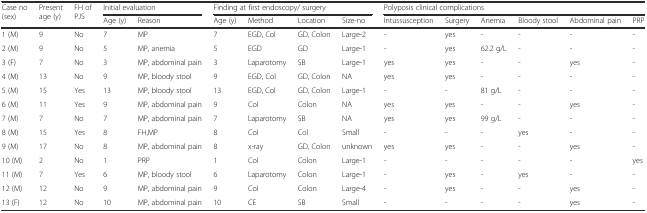
<table><thead><tr><td rowspan="2"><b>Case no (sex)</b></td><td rowspan="2"><b>Present age (y)</b></td><td rowspan="2"><b>FH of PJS</b></td><td colspan="2"><b>Initial evaluation</b></td><td colspan="4"><b>Finding at first endoscopy/ surgery</b></td><td colspan="6"><b>Polyposis clinical complications</b></td></tr><tr><td><b>Age (y)</b></td><td><b>Reason</b></td><td><b>Age (y)</b></td><td><b>Method</b></td><td><b>Location</b></td><td><b>Size-no</b></td><td><b>Intussusception</b></td><td><b>Surgery</b></td><td><b>Anemia</b></td><td><b>Bloody stool</b></td><td><b>Abdominal pain</b></td><td><b>PRP</b></td></tr></thead><tbody><tr><td>1 (M)</td><td>9</td><td>No</td><td>7</td><td>MP</td><td>7</td><td>EGD, Col</td><td>GD, Colon</td><td>Large-2</td><td>-</td><td>yes</td><td>-</td><td>-</td><td>-</td><td>-</td></tr><tr><td>2 (M)</td><td>9</td><td>No</td><td>5</td><td>MP, anemia</td><td>5</td><td>EGD</td><td>GD</td><td>Large-1</td><td>-</td><td>yes</td><td>62.2 g/L</td><td>-</td><td>-</td><td>-</td></tr><tr><td>3 (F)</td><td>7</td><td>No</td><td>3</td><td>MP, abdominal pain</td><td>3</td><td>Laparotomy</td><td>SB</td><td>Large-1</td><td>yes</td><td>yes</td><td>-</td><td>-</td><td>yes</td><td>-</td></tr><tr><td>4 (M)</td><td>13</td><td>No</td><td>9</td><td>MP, bloody stool</td><td>9</td><td>EGD, Col</td><td>GD, Colon</td><td>NA</td><td>yes</td><td>yes</td><td>-</td><td>-</td><td>-</td><td>-</td></tr><tr><td>5 (M)</td><td>15</td><td>Yes</td><td>13</td><td>MP, bloody stool</td><td>13</td><td>EGD, Col</td><td>GD, Colon</td><td>Large-1</td><td>-</td><td>-</td><td>81 g/L</td><td>-</td><td>-</td><td>-</td></tr><tr><td>6 (M)</td><td>11</td><td>Yes</td><td>9</td><td>MP, abdominal pain</td><td>9</td><td>Col</td><td>Colon</td><td>NA</td><td>yes</td><td>yes</td><td>-</td><td>-</td><td>yes</td><td>-</td></tr><tr><td>7 (M)</td><td>7</td><td>No</td><td>7</td><td>MP, abdominal pain</td><td>7</td><td>Laparotomy</td><td>SB</td><td>NA</td><td>yes</td><td>yes</td><td>99 g/L</td><td>-</td><td>-</td><td>-</td></tr><tr><td>8 (M)</td><td>15</td><td>Yes</td><td>8</td><td>FH,MP</td><td>8</td><td>Col</td><td>Col</td><td>Small</td><td>-</td><td>-</td><td>-</td><td>yes</td><td>-</td><td>-</td></tr><tr><td>9 (M)</td><td>17</td><td>No</td><td>8</td><td>MP, abdominal pain</td><td>8</td><td>x-ray</td><td>GD, Colon</td><td>unknown</td><td>yes</td><td>yes</td><td>-</td><td>-</td><td>yes</td><td>-</td></tr><tr><td>10 (M)</td><td>2</td><td>No</td><td>1</td><td>PRP</td><td>1</td><td>Col</td><td>Colon</td><td>Large-1</td><td>-</td><td>-</td><td>-</td><td>-</td><td>-</td><td>yes</td></tr><tr><td>11 (M)</td><td>7</td><td>Yes</td><td>6</td><td>MP, bloody stool</td><td>6</td><td>Laparotomy</td><td>Colon</td><td>Large-1</td><td>-</td><td>yes</td><td>-</td><td>yes</td><td>-</td><td>-</td></tr><tr><td>12 (M)</td><td>12</td><td>No</td><td>9</td><td>MP, abdominal pain</td><td>9</td><td>Col</td><td>Colon</td><td>Large-4</td><td>-</td><td>yes</td><td>-</td><td>-</td><td>yes</td><td>-</td></tr><tr><td>13 (F)</td><td>12</td><td>No</td><td>10</td><td>MP, abdominal pain</td><td>10</td><td>CE</td><td>SB</td><td>Small</td><td>-</td><td>-</td><td>-</td><td>-</td><td>yes</td><td>-</td></tr></tbody></table>